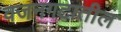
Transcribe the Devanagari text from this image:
वजनगटातील